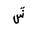
Letter: _shin